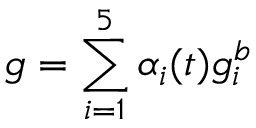
g = \sum _ { i = 1 } ^ { 5 } \alpha _ { i } ( t ) g _ { i } ^ { b }